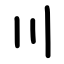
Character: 〣